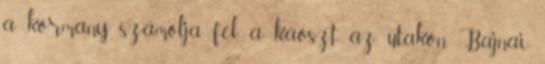
a kormány számolja fel a káoszt az utakon Bajnai